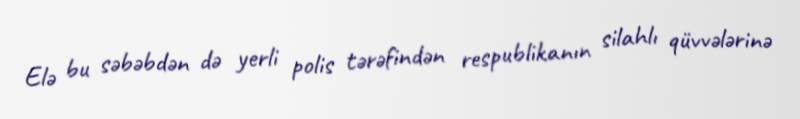
Elə bu səbəbdən də yerli polis tərəfindən respublikanın silahlı qüvvələrinə